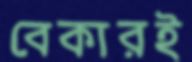
বেকারই